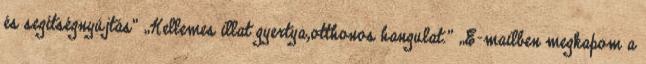
és segítségnyújtás” „Kellemes illat gyertya,otthonos hangulat.” „E-mailben megkapom a